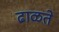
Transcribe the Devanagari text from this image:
ढाळते